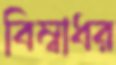
বিম্বাধর